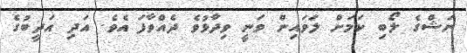
ނަޝްގެ ލޯބި ކަމަށް ލަވައިން ވަނީ ވިދާޅުވެ ދެއްވާފަ އެވެ. އަދި އަދީީބުގެ